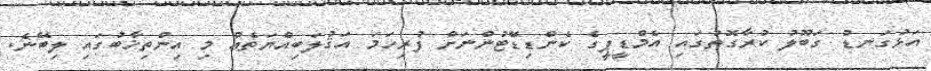
އަޅުގަނޑު ގަބޫލު ކުރާގޮތުގައި އެމްޑީޕީގެ ކެންޑިޑޭޓުންނަށް ފުރިހަމަ އަޤުލަބިއްޔަތެއް މި އިންތިޚާބުގައި ލިބޭނެ.